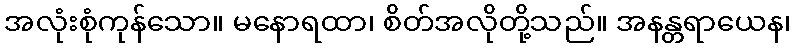
အလုံးစုံကုန်သော။ မနောရထာ၊ စိတ်အလိုတို့သည်။ အနန္တရာယေန၊